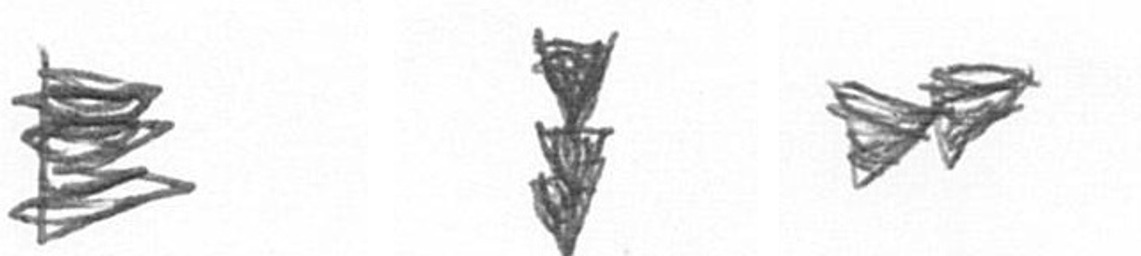
H E A